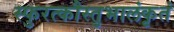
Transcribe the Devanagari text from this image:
स्फुरत्कौस्तुभालंकृतं